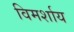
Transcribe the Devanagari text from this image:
विमर्शाय